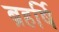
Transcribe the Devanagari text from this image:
ब्रहर्षि